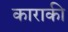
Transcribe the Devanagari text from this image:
काराकी